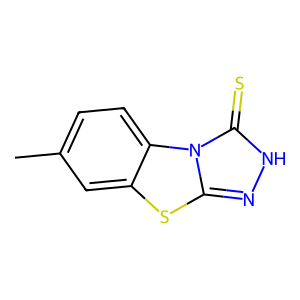
SMILES: Cc1ccc2c(c1)sc1n[nH]c(=S)n12
Inhibits HIV replication: No